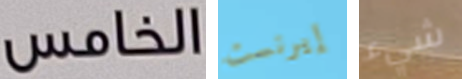
الخامس إيرنست شيء